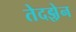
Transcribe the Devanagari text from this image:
तेदझ़ेन